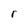
Character: r